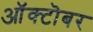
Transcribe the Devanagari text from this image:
आॅक्टॊबर